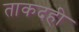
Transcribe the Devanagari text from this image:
ताकदही